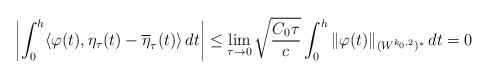
\begin{align*}\left|\int_0^h \langle \varphi(t), \eta_\tau(t) - \overline \eta_\tau(t) \rangle \,dt \right| \le \lim_{\tau \to 0} \sqrt{\frac{C_0 \tau}{c}} \int_0^h \|\varphi(t)\|_{(W^{k_0, 2})^*}\,dt = 0\end{align*}